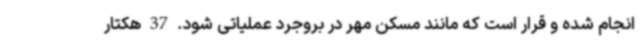
انجام شده و قرار است که مانند مسکن مهر در بروجرد عملیاتی شود. 37 هکتار